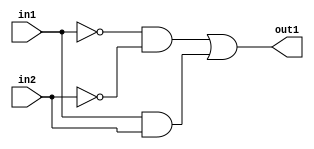
module simple_comp (input wire in1, input wire in2, output wire out1);

// perform comparison according to truth table
assign p1 = ~in1 & ~in2;
assign p2 = in1 & in2;

// assign result to out1
assign out1 = p1 | p2;

endmodule